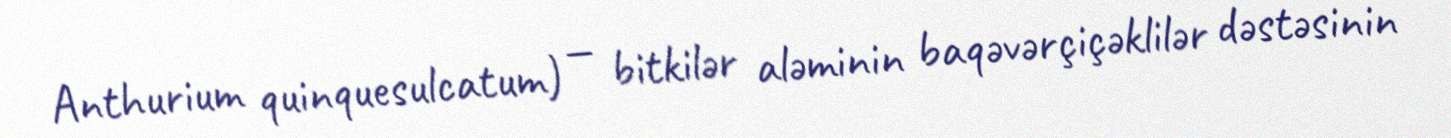
Anthurium quinquesulcatum) — bitkilər aləminin baqəvərçiçəklilər dəstəsinin